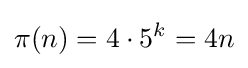
\pi (n)=4\cdot 5^{k}=4n